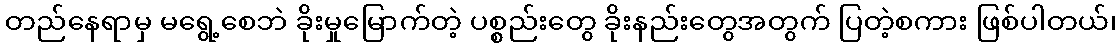
တည်နေရာမှ မရွေ့စေဘဲ ခိုးမှုမြောက်တဲ့ ပစ္စည်းတွေ ခိုးနည်းတွေအတွက် ပြတဲ့စကား ဖြစ်ပါတယ်၊